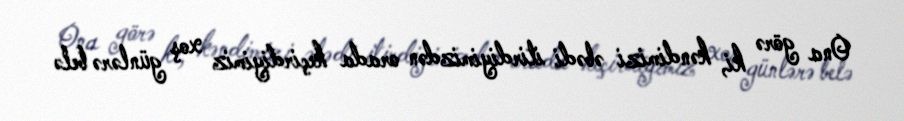
Ona görə ki, kəndimizi əbədi itirdiyimizdən orada keçirdiyimiz xoş günlərə belə